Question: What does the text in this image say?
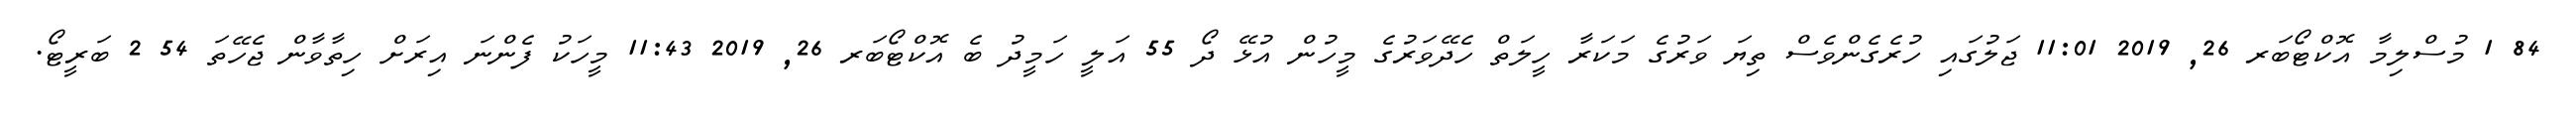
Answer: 84 1 މުސްލިމާ އޮކްޓޯބަރ 26, 2019 11:01 ޖަލުގައި ހުރެގެންވެސް ތިޔަ ވަރުގެ މަކަރާ ހީލަތް ހެދޭވަރުގެ މީހުން އުޅޭ ދޯ 55 އަލީ ހަމީދު ބެ އޮކްޓޯބަރ 26, 2019 11:43 މީހަކު ފެންނަ އިރަށް ހިތާވާން ޖެހޭތަ 54 2 ބަރީޓޯ.